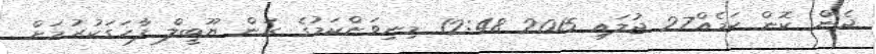
ދެން ކޮން ކަމެއް27 ޖުލައި 2015 12:48 މިނިވަންކަމުގެ ރަން ޔޫބީލް ފާހަގަކުރުމަށް